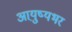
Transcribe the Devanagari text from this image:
आयु़्ष्यभर